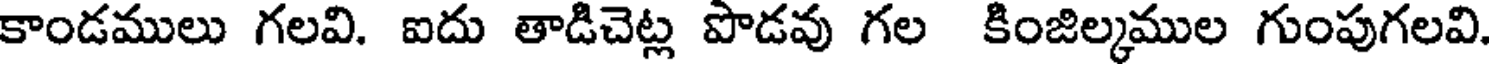
కాండములు గలవి. ఐదు తాడిచెట్ల పొడవు గల కింజిల్కముల గుంపుగలవి